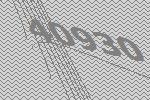
40930